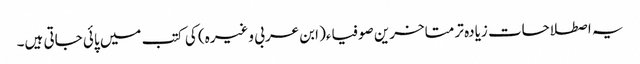
یہ اصطلاحات زیادہ تر متاخرین صوفیاء( ابن عربی وغیرہ) کی کتب میں پائی جاتی ہیں۔